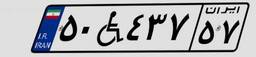
۷۳W۸۴۰۳۸